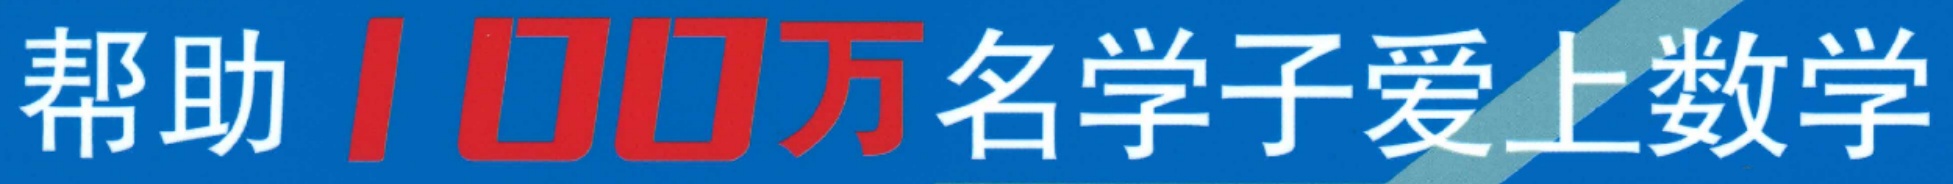
帮助 100万名学子爱上数学